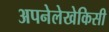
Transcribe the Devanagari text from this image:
अपनेलेखेकिसी